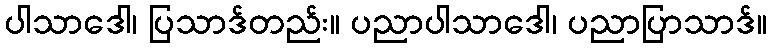
ပါသာဒေါ၊ ပြသာဒ်တည်း။ ပညာပါသာဒေါ၊ ပညာပြာသာဒ်။